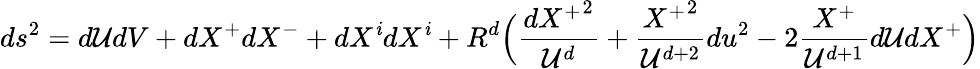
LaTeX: ds^{2}=d\mathcal{U}dV+dX^{+}dX^{-}+dX^{\mathit{i}}dX^{\mathit{i}}+R^{d}\Big(\frac{{{dX^{+}}^{2}}}{{\mathcal{U}^{d}}}+\frac{{{X^{+}}^{2}}}{{\mathcal{U}^{d+2}}}du^{2}-2\frac{{X^{+}}}{{\mathcal{U}^{d+1}}}d\mathcal{U}dX^{+}\Big)